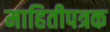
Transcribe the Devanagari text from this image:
माहितीपत्रक